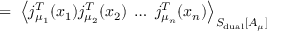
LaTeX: = \; \left\langle j _ { \mu _ { 1 } } ^ { T } ( x _ { 1 } ) j _ { \mu _ { 2 } } ^ { T } ( x _ { 2 } ) \; \ldots \; j _ { \mu _ { n } } ^ { T } ( x _ { n } ) \right\rangle _ { S _ { \mathrm { d u a l } } [ A _ { \mu } ] } \;